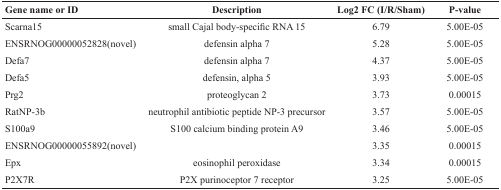
<table><thead><tr><td><b>Gene name or ID</b></td><td><b>Description</b></td><td><b>Log2 FC (I/R/Sham)</b></td><td><b>P-value</b></td></tr></thead><tbody><tr><td>Scarna15</td><td>small Cajal body-specific RNA 15</td><td>6.79</td><td>5.00E-05</td></tr><tr><td>ENSRNOG00000052828(novel)</td><td>defensin alpha 7</td><td>5.28</td><td>5.00E-05</td></tr><tr><td>Defa7</td><td>defensin alpha 7</td><td>4.37</td><td>5.00E-05</td></tr><tr><td>Defa5</td><td>defensin, alpha 5</td><td>3.93</td><td>5.00E-05</td></tr><tr><td>Prg2</td><td>proteoglycan 2</td><td>3.73</td><td>0.00015</td></tr><tr><td>RatNP-3b</td><td>neutrophil antibiotic peptide NP-3 precursor</td><td>3.57</td><td>5.00E-05</td></tr><tr><td>S100a9</td><td>S100 calcium binding protein A9</td><td>3.46</td><td>5.00E-05</td></tr><tr><td>ENSRNOG00000055892(novel)</td><td></td><td>3.35</td><td>0.00015</td></tr><tr><td>Epx</td><td>eosinophil peroxidase</td><td>3.34</td><td>0.00015</td></tr><tr><td>P2×7R</td><td>P2X purinoceptor 7 receptor</td><td>3.25</td><td>5.00E-05</td></tr></tbody></table>